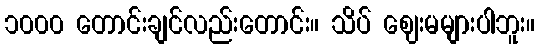
၁၀၀၀ တောင်းချင်လည်းတောင်း။ သိပ် ဈေးမများပါဘူး။